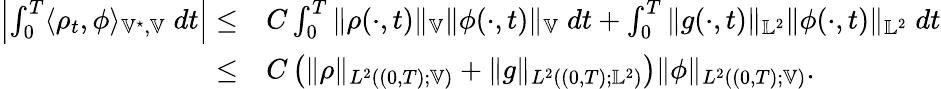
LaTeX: \begin{array}{rl}{\left|\int_{0}^{T}\langle\rho_{t},\phi\rangle_{\mathbb V^{\star},\mathbb V}\; dt\right|\leq}&{C\int_{0}^{T}\| \rho(\cdot,t)\| _{\mathbb V}\| \phi(\cdot,t)\| _{\mathbb V}\; dt+\int_{0}^{T}\| g(\cdot,t)\| _{\mathbb L^{2}}\| \phi(\cdot,t)\| _{\mathbb L^{2}}\; dt}\\ {\leq}&{C\left(\| \rho\| _{L^{2}((0,T);\mathbb V)}+\| g\| _{L^{2}((0,T);\mathbb L^{2})}\right)\| \phi\| _{L^{2}((0,T);\mathbb V)}.}\end{array}